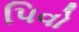
પિવો